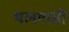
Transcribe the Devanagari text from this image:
थलगामी